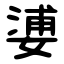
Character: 㜑